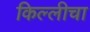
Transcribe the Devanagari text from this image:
किल्लीचा